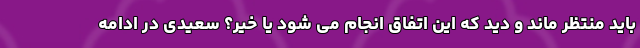
باید منتظر ماند و دید که این اتفاق انجام می شود یا خیر؟ سعیدی در ادامه